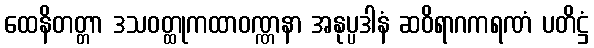
ထေနိတတ္တာ ဒသဝတ္ထုကထာဝဏ္ဏနာ အနုပ္ပဒါနံ ဆဝိရာဂကရဏံ ပတိဋ္ဌံ